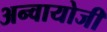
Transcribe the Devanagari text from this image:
अन्वायोजी